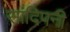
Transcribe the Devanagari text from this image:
सांदिपनी